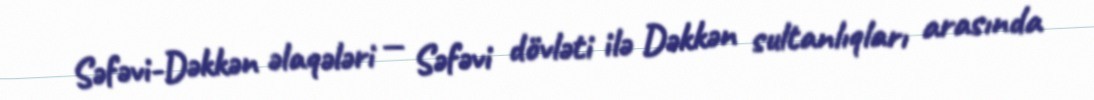
Səfəvi-Dəkkən əlaqələri — Səfəvi dövləti ilə Dəkkən sultanlıqları arasında